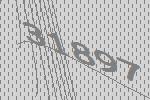
31897